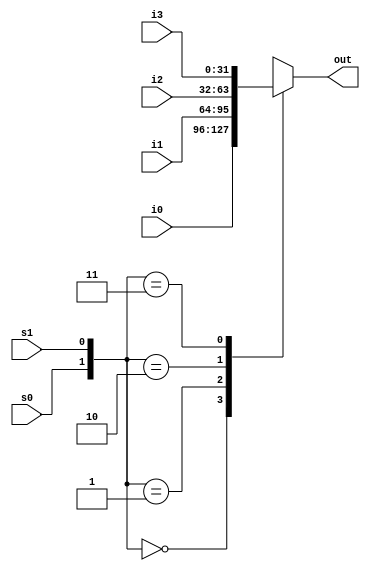
`timescale 1ns / 1ps
module mul_4_1(i0, i1, i2, i3, out, s0, s1);
output reg [31:0] out;
input [31:0] i0, i1, i2, i3;
input s0, s1;
always @(i0 or i1 or i2 or i3 or s0 or s1)
begin
case({s0, s1})
    2'b00: out=i0;
    2'b01: out=i1;
    2'b10: out=i2;
    2'b11: out=i3;
    default: $display("please enter correct pair of s0 and s1");
endcase
end
endmodule